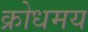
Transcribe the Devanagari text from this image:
क्रोधमय